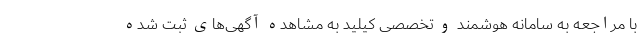
با مراجعه به سامانه هوشمند و تخصصی کیلید به مشاهده آگهی‌های ثبت شده